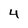
Character: 4